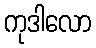
ကုဒါလော